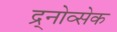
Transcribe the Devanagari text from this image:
द्र्नोव्सेक